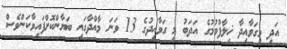
އަދި މިގަވާއިދާ ޚިލާފުވުމުގެ އަދަބު މި ގަވާއިދުގެ 13 ވަނަ މާއްދާގައި ބަޔާންކޮށްފައިވާކަންވެސް